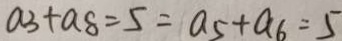
a _ { 3 } + a _ { 8 } = 5 = a _ { 5 } + a _ { 6 } = 5